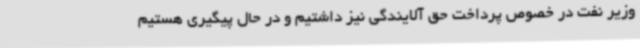
وزیر نفت در خصوص پرداخت حق آلایندگی نیز داشتیم و در حال پیگیری هستیم